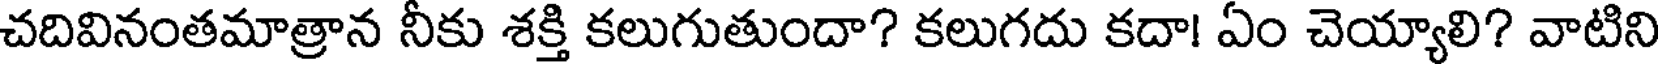
చదివినంతమాత్రాన నీకు శక్తి కలుగుతుందా? కలుగదు కదా! ఏం చెయ్యాలి? వాటిని